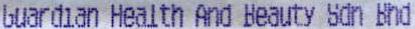
GUARDIAN HEALTH AND BEAUTY SDN BHD